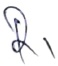
Text: R1